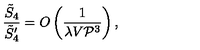
\frac { \tilde { S } _ { 4 } } { \tilde { S } _ { 4 } ^ { \prime } } = O \left( \frac { 1 } { \lambda V { \cal P } ^ { 3 } } \right) ,